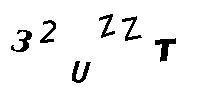
32UZZT